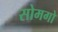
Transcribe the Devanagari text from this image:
सोमगो